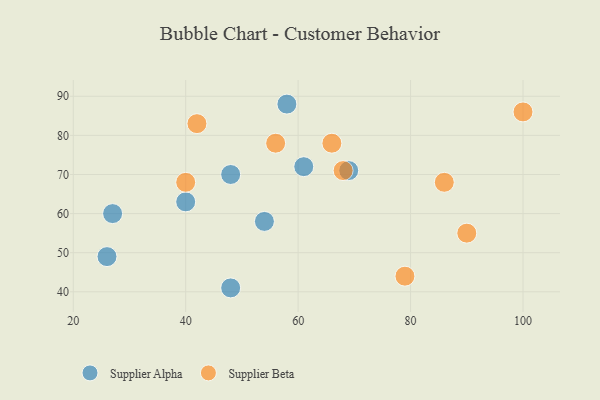
{"axis": {"x": "GDP", "y": "Life Expectancy"}, "legend": ["Supplier Alpha", "Supplier Beta"], "data": [{"x": "26", "y": 49, "type": "Supplier Alpha"}, {"x": "27", "y": 60, "type": "Supplier Alpha"}, {"x": "69", "y": 71, "type": "Supplier Alpha"}, {"x": "40", "y": 63, "type": "Supplier Alpha"}, {"x": "61", "y": 72, "type": "Supplier Alpha"}, {"x": "54", "y": 58, "type": "Supplier Alpha"}, {"x": "48", "y": 70, "type": "Supplier Alpha"}, {"x": "48", "y": 41, "type": "Supplier Alpha"}, {"x": "58", "y": 88, "type": "Supplier Alpha"}, {"x": "66", "y": 78, "type": "Supplier Beta"}, {"x": "56", "y": 78, "type": "Supplier Beta"}, {"x": "68", "y": 71, "type": "Supplier Beta"}, {"x": "40", "y": 68, "type": "Supplier Beta"}, {"x": "86", "y": 68, "type": "Supplier Beta"}, {"x": "79", "y": 44, "type": "Supplier Beta"}, {"x": "90", "y": 55, "type": "Supplier Beta"}, {"x": "42", "y": 83, "type": "Supplier Beta"}, {"x": "100", "y": 86, "type": "Supplier Beta"}]}